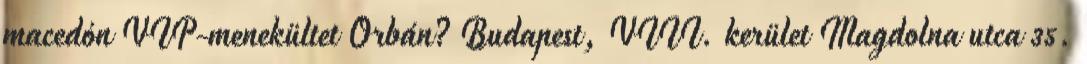
macedón VIP-menekültet Orbán? Budapest, VIII. kerület Magdolna utca 35.